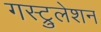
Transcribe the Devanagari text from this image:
गस्ट्रुलेशन